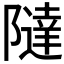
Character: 𱀷